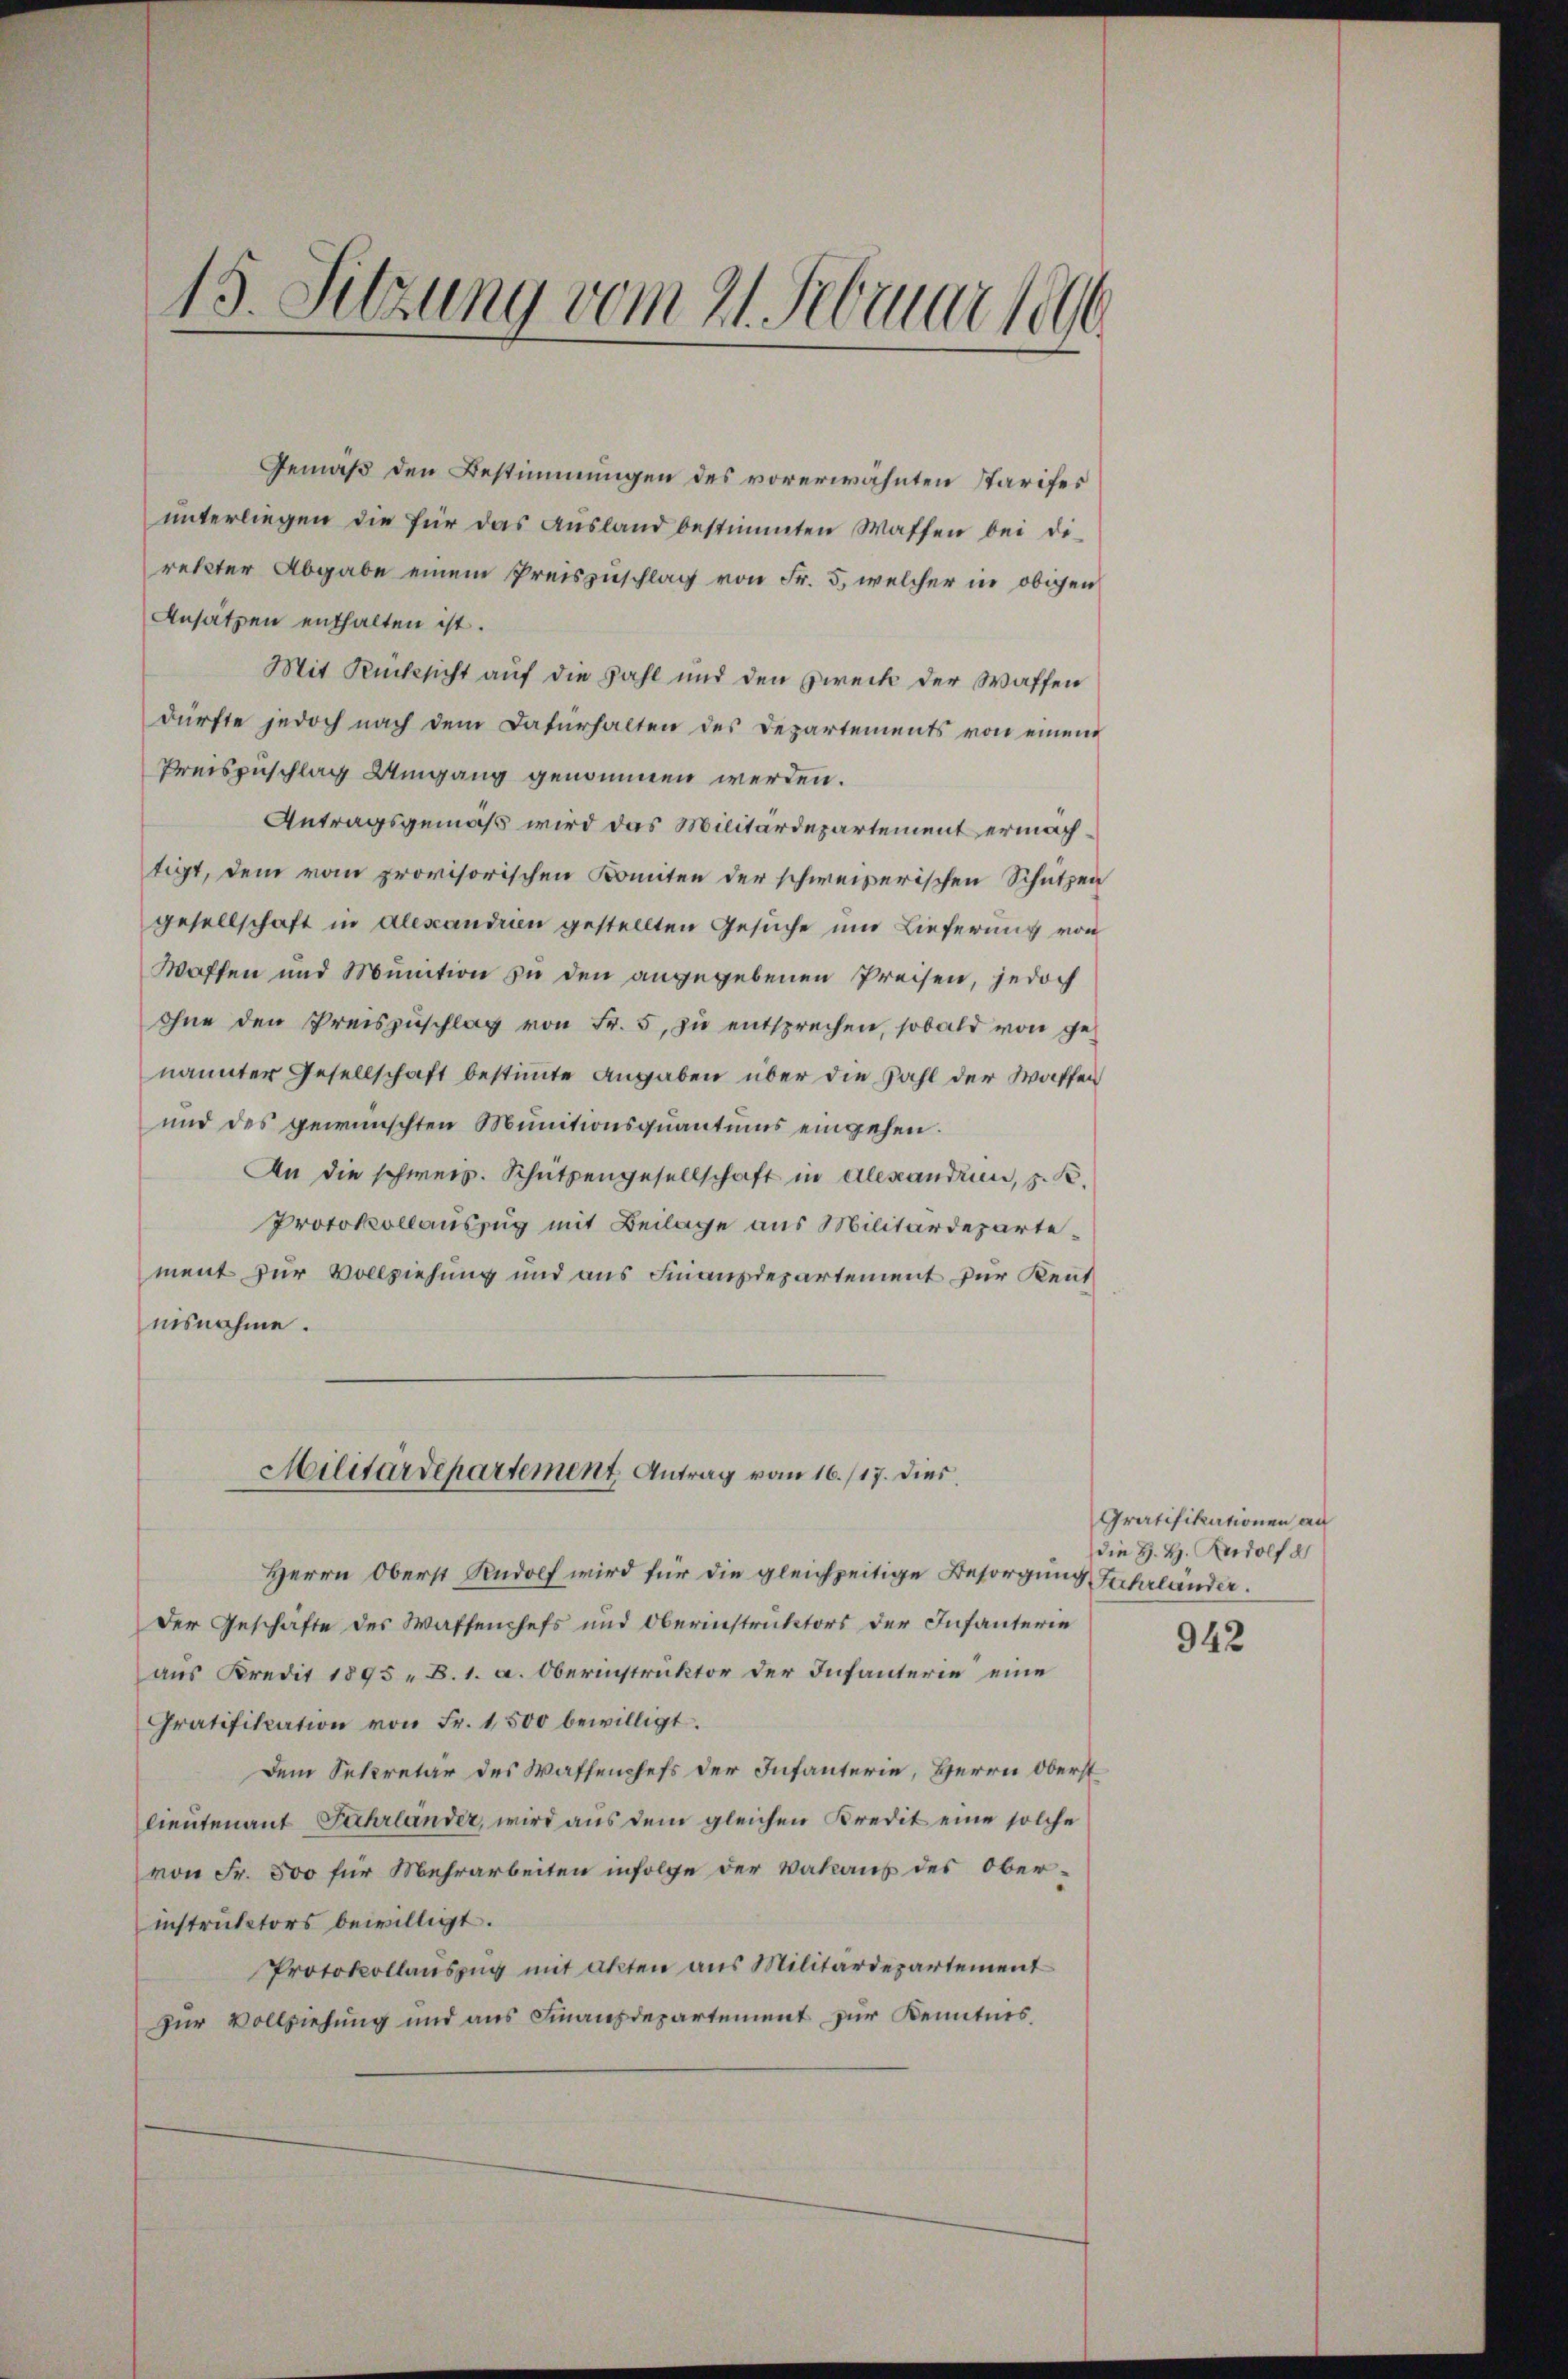
15. Sitzung vom 21. Februar 1890

Gemäß den Bestimmungen des vorerwähnten Starifes
ŭnterliegen die für das Aŭsland bestimmten Waffen bei di-
rekter Abgabe einem Preiszuschlag von Fr. 5, welcher in obigen
Ansätzen enthalten ist.
Mit Rücksicht auf die Zahl und den Zweck der Waffen
dürfte jedoch nach dem Dafürhalten des Departements von einem
Preiszuschlag Umgang genommen werden.
Antragsgemäß wird das Militärdepartement ermächtigt, dem vom provisorischen Komiten der schweizerischen Schutzen
gesellschaft in Alexandien gestellten Gesuche und Lieferung von
Waffen und Munition zu den angegebenen Preisen, jedoch
ohne den Preiszuschlag von Fr. 5 zu entsprechen, sobald von genannter Gesellschaft bestimmte Angaben über die Zahl der Waffen
und des gewünschten Munitionsquantums eingehen.
An die schweiz. Schützengesellschaft in Alexandium, z. B.
Protokollauszug mit Beilage aus Militärdepartement zur Vollziehung und aus Finanzdepartement für Rentnisnahme.
Militärdepartement Antrag vom 16./17. dies

Herrn Oberst Rudolf wird für die gleichzeitige Besorgung Fahrländer.
Der Geschäfte des Waffenchefs und Oberinstruktors der Infanterie
aus Kredit 1895. B. 1. a. Obernistruktor der Infanterie eine
Gratifikation von Fr. 1500 bewilligt.
dem Sekretär des Wassenchefs der Infanterie, Herrn Oberst
lieutenant Fahrländer, wird aus dem gleichen Kredit eine solche
von Fr. 800 für Mehrarbeiten infolge der Vakauf des Oberinstruktors bewilligt.
Protokollauszug mit akten aus Militärdepartement
zur Vollziehung und aus Finanzdepartement zur Kenntnis.

Gratifikationen an
die H. H. Rudolf d

942